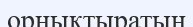
орнықтыратын